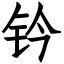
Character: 钤